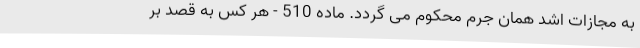
به مجازات اشد همان جرم محکوم ‌می ‌گردد. ماده 510 - هر کس به قصد بر